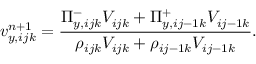
v _ { y , i j k } ^ { n + 1 } = \frac { \Pi _ { y , i j k } ^ { - } V _ { i j k } + \Pi _ { y , i j - 1 k } ^ { + } V _ { i j - 1 k } } { \rho _ { i j k } V _ { i j k } + \rho _ { i j - 1 k } V _ { i j - 1 k } } .